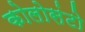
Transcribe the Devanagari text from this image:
कोलोसंटो